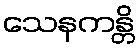
သေနကန္တိ